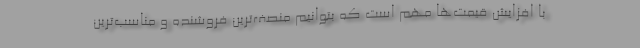
با افزایش قیمت‌ها مهم است که بتوانیم منصف‌ترین فروشنده و مناسب‌ترین